Vital statistics of India. Vol. VI, European troops 1870-79
Year: 1870
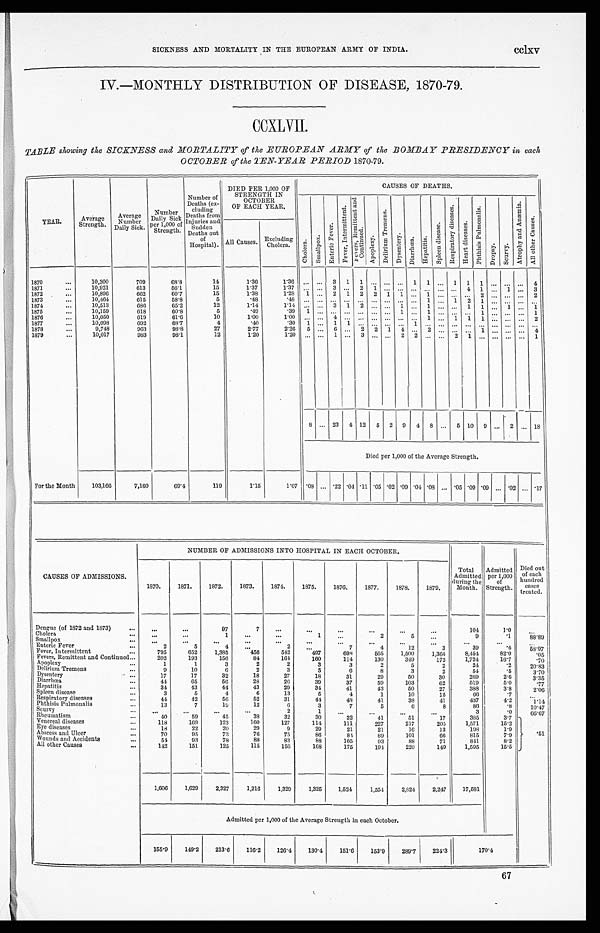
SICKNESS AND MORTALITY IN THE EUROPEAN ARMY OF INDIA.
CClXV
IV.—MONTHLY DISTRIBUTION OF DISEASE, 1870-79.
CCXLVII.
TABLE showing the SICKNESS and MORTALITY of the EUROPEAN ARMY of the BOMBAY PRESIDENCY in each
OCTOBER of the TEN-YEAR PERIOD 1870-79.
YEAR.
Average
Strength.
Average
Number
Daily Sick.
Number
Daily Sick
Per 1,000 of
Strength.
Number of
Deaths (ex-
cluding
Deaths from
Injuries and
Sudden
Deaths out
of
Hospital).
DIED PER 1,000 OF
STRENGTH IN
OCTOBER
OF EACH YEAR.
CAUSES OF DEATHS.
C h o l e r a .
F e v e r , I n t e r m i t t e n t .
F e v e r s , R e m i t t e n t a n d C o n t i n u e d .
A p o p l e x y .
D e l i r i u m T r e m e n s .
D y s e n t e r y .
D i a r r h o e a .
H e p a t i t i s .
S p l e e n d i s e a s e s .
R e s p i r a t o r y d i s e a s e s .
He a r t d i s e a s e s .
P h t h i s i s P u l m o n a l i s .
D r o p s y .
Scurvy.
A t r o p h y a n d A n æ m i a .
A l l o t h e r C a u s e s .
All Causes.
Excluding
Cholera.
S m a l l p o x .
E n t e r i c F e v e r .
1870
...
10,300
709
68.8
14
1.36
1.36
...
. . .
3
1
1
. . .
...
...
1
1
. . .
1
1
1
. . . ...
...
4
1871
...
10,921
613
56.1
15
1.37
1 . 3 7
. . .
..3 ...
2
1
. . .
. . .
. . .
. . . . . .
. . . 4
1
...
1
...
3
1872
...
10,896
662
60.7
15
1.38
1.28
1
... 2
1
2
. . .
1
1
...
1
... ...
...
2
...
...
...
2
1873
...
10,464
615
58.8
5
.48
. 4 8
. . .
. . ..
. ....
...
. . .
. . .
. . .
. . .
1
. . .1
2
1
. . . ...
...
...
1874
...
10,513
686
65.2
12
1.14
1.14
. . .
...
3
1
2
2
. . .
1
...
1
. . . . ..
1
1
. . .
1
...
1
1875
...
10,159
618
60.8
5
.49
.39
1
. . ..
. ....
...
. . .
. . . 1
. . .
1
. . . ...
...
1
... ... ...
1
1876
...
10,050
619
61.6
10
1.00
1 . 0 0
. . .
. . .4
...
...
. . .
. . .
. . .
. . .
1
. . .1
1
1
. . . ...
...
2
1877
...
10,098
692
68.7
4
.40
. 3 0
1
. . .1
1
...
. . .
. . .
. . .
1
. . . . . . ....
...
...
. . . ...
...
...
1878
...
9,748
963
98.8
27
2.77
2.26
5
... 6
...
2
2
1
4
. . .
2
.... ...
...
1
... ....
... 4
1879...
10,017
983
98.1
12
1.20
1.20
. . . ... 1
...
3
. . .
. . .
2
2
. . . . . .2
1
...
. . . ...
...
1
8
. . .
2 3
4
12
5
2
9
4
8
. . .
5
10
9
2
...
18
Died per 1,000 of the Average Strength.
For the Month
103,166
7,160
69.4
119
1.15
1.07
.08
...
.22
.04 .11 .05 .02 .09 .04 .08 ...
.05 .09 .09
... .02 ... .17
NUMBER OF ADMISSIONS INTO HOSPITAL IN EACH OCTOBER.
CAUSES OF ADMISSIONS.
1870.
1871.
1872.
1873.
1874.
1875.
1 8 7 6 .
1877.
1878.
1879.
Total
Admitted
during the
Month.
Admitted
per 1,000
of
Strength.
Died out
of each
hundred
cases
treated.
Dengue (of 1872 and 1873)
. . .
...
...
97
7
. . .
...
. . .
...
...
. . .
104
10
. . .
Cholera
...
...
...
1
...
...
1
...
2
5
...
9
. 1
8 8 . 8 9
Smallpox
. . .
. . .
. . .
...
...
...
...
...
...
...
. . .
...
...
. . .
Enteric Fever
...
2
5
. . .
. . .
2
...
7
4
12
3
39
.4
58.97
Fever, Intermittent
...
795
652
1,385
456
542
497
698
565
1,500
1,364
8,454
82.0
.05
Fevers, Remittent and Continued...
202
193
156
84
164
160
114
130
319
172
1,724
16.7
.70
Apoplexy
...
1
1
3
2
2
3
3
2
5
2
24
.2
20.83
Delirium Tremens
...
9
10
6
2
3
5
6
8
3
2
54
. 5
3.70
Dysentery
...
17
17
32
18
27
18
31
29
50
30
269
2.6
3.35
Diarrhoea
...
44
65
56
28
26
39
37
59
103
62
519
5.0
.77
Hepatitis
...
34
43
44
43
29
34
41
43
50
27
388
3.8
2.06
Spleen disease
...
3
5
4
6
13
5
4
1
10
15
66 .7
...
Respiratory diseasess
...
44
42
56
52
31
44
48
41
38
41
437
4.2
1.14
Phthisis Pulmonalis
...
13
7
19
12
6
3
7
5
6
8
86
. 8
10.47
Scurvy
-
. . .
...
. . .
...
2
1
. . .
. . .
. . .
. . .
3
. 0
66.67
Rheumatism
...
40
59
4 5
38
32
30
32
41
51
17
385
3.7
Venereal diseases
...
118
169
123
160
127
114
111
227
217
205
1,571
15.2
Eye diseases
...
18
22
20
29
9
29
21
21
16
13
198
1.9
Abscess and Uleer
...
70
95
73
76
75
86
84
89
101
66
815
7.9
.51
Wounds and Accidents
...
54
93
78
88
83
88
105
93
88
71
841
8.2
All other Causes
-.
142
151
125
115
156
168
175
194
220
149
1,595
15.5
1,606
1,629
2,327
1,216
1,329
1,325
1,524
1,554
2,824
2,247
17,581
Admitted per 1,000 of the Average Strength in each October.
155.9
149.2
213.6
116.2
126.4
130.4
151.6
153.9
289.7
224.3
1 7 0 . 4
67